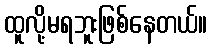
ထူလို့မရဘူးဖြစ်နေတယ်။